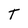
Character: T